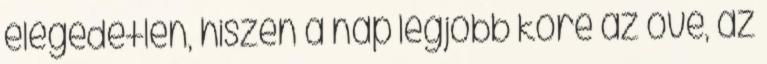
elégedetlen, hiszen a nap legjobb köre az övé, az